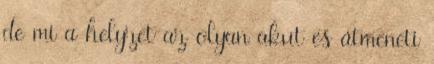
de mi a helyzet az olyan akut és átmeneti